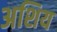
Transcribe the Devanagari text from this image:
अशिय